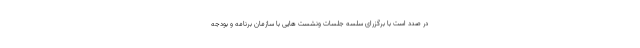
در صدد است با برگزرای سلسه جلسات ونشست هایی با سازمان برنامه و بودجه